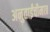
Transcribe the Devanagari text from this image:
अनुताईंचीमात्र